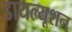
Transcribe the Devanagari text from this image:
डायल्यूशन